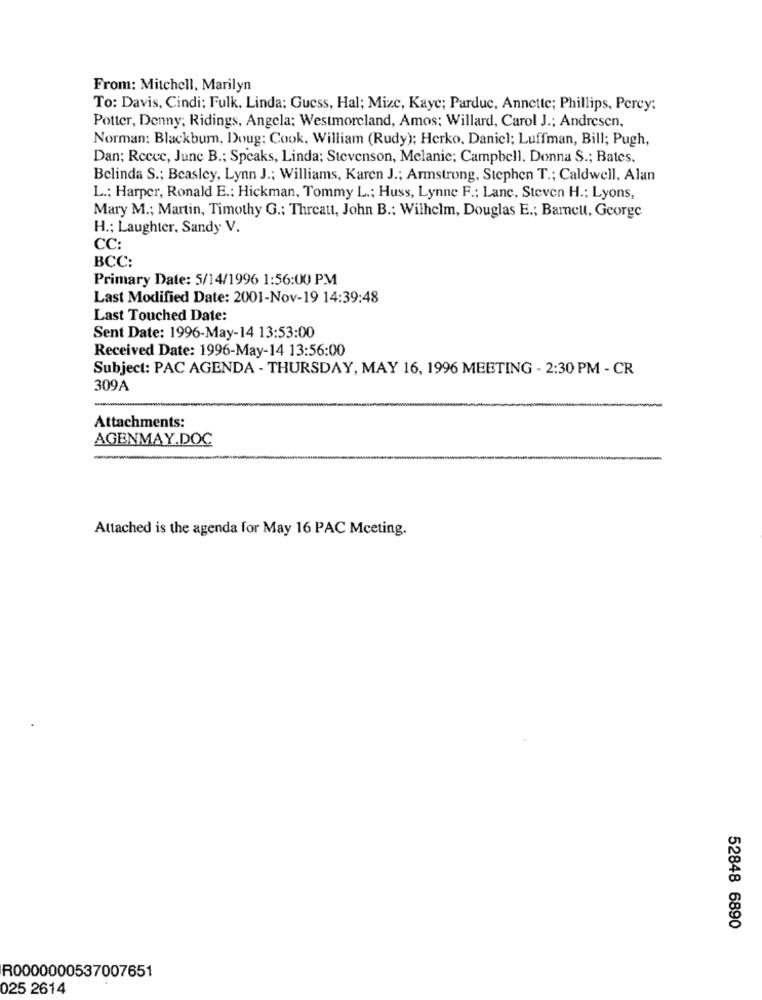
From: Mitchell, Marilyn
To: Davis, Cindi; Fulk, Linda: Guess, Hal; Mize, Kaye; Parduc, Annette; Phillips, Percy;
Potter, Denny; Ridings, Angela: Westmoreland, Amos; Willard, Carol J .; Andresen,
Norman: Blackbum, Doug; Cook, William (Rudy); Herko, Daniel; Luffman, Bill; Pugh,
Dan; Reeve, June B .; Speaks, Linda; Stevenson, Melanie; Campbell, Donna S .; Bates.
Belinda S .; Beasley, Lynn J .; Williams, Karen J .; Armstrong, Stephen T .; Caldwell, Alan
L .: Harper, Ronald E .; Hickman, Tommy L .; Huss, Lynne F .; Lane. Steven H .: Lyons,
Mary M .; Martin, Timothy G .; Threatt, John B .: Wilhelm, Douglas E .; Barncut, George
H .; Laughter, Sandy V.
CC:
BCC:
Primary Date: 5/14/1996 1:56:00 PM
Last Modified Date: 2001-Nov-19 14:39:48
Last Touched Date:
Sent Date: 1996-May-14 13:53:00
Received Date: 1996-May-14 13:56:00
Subject: PAC AGENDA - THURSDAY, MAY 16, 1996 MEETING - 2:30 PM - CR
309A
Attachments:
AGENMAY.DOC
-
Attached is the agenda for May 16 PAC Mceting.
52848 6890
R0000000537007651
025 2614